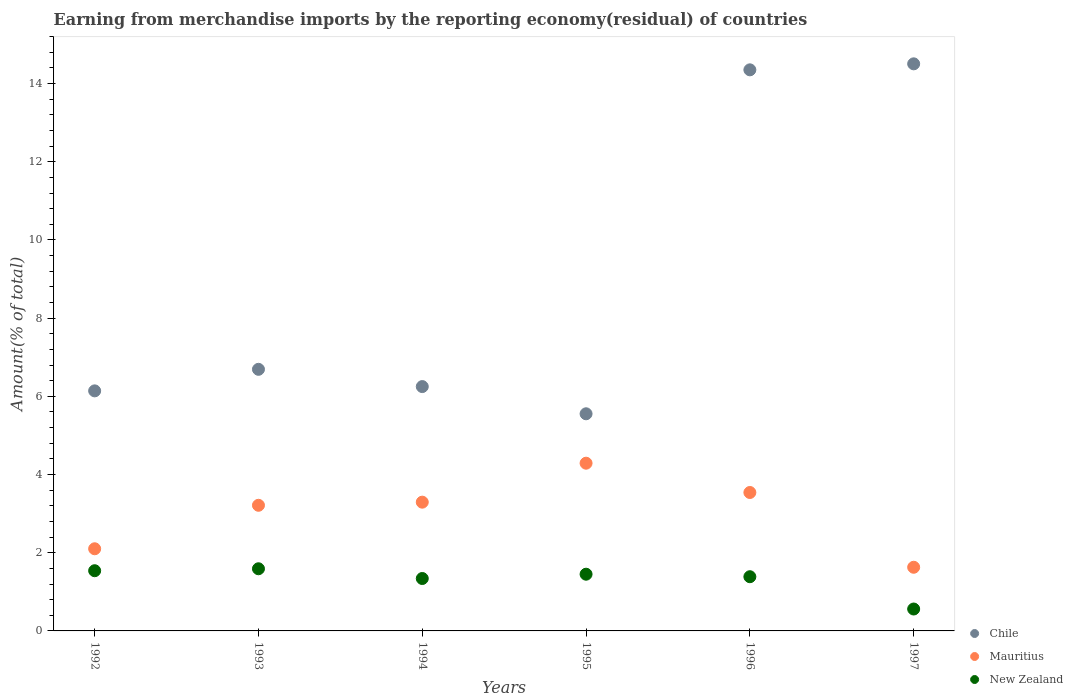
| Years | Chile | Mauritius | New Zealand |
 | --- | --- | --- | --- |
 | 1992 | 6.14 | 2.1 | 1.54 |
 | 1993 | 6.69 | 3.21 | 1.59 |
 | 1994 | 6.25 | 3.29 | 1.34 |
 | 1995 | 5.55 | 4.29 | 1.45 |
 | 1996 | 14.4 | 3.54 | 1.39 |
 | 1997 | 14.5 | 1.63 | 0.56 |